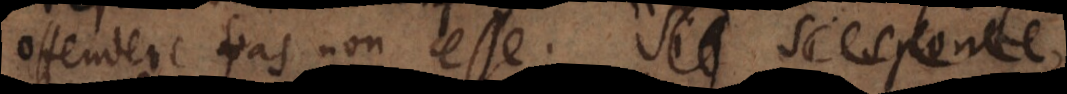
offendere fas non esse. Si sponte